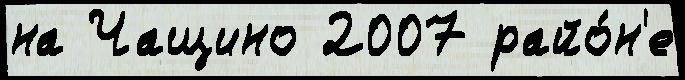
на Чащино 2007 райо́н'е